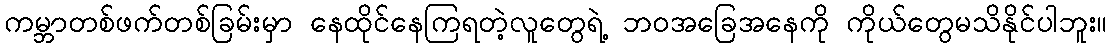
ကမ္ဘာတစ်ဖက်တစ်ခြမ်းမှာ နေထိုင်နေကြရတဲ့လူတွေရဲ့ ဘဝအခြေအနေကို ကိုယ်တွေမသိနိုင်ပါဘူး။